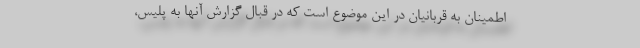
اطمینان به قربانیان در این موضوع است که در قبال گزارش آنها به پلیس،